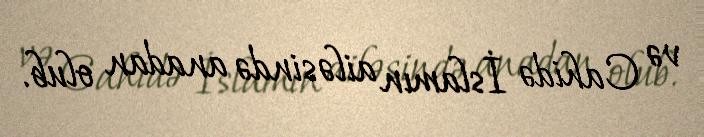
və Cahidə İslamın ailəsində anadan olub.